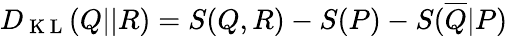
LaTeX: D_{\mathrm{~K~L~}}(Q||R)=S(Q,R)-S(P)-S(\overline{{Q}}|P)